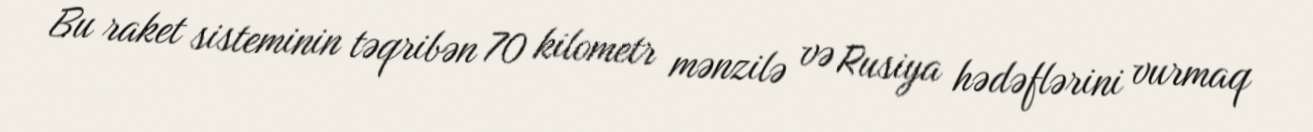
Bu raket sisteminin təqribən 70 kilometr mənzilə və Rusiya hədəflərini vurmaq